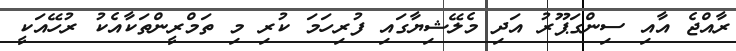
ރާއްޖެ އާއި ސިންގަޕޫރު އަދި މެލޭޝިޔާގައި ފުރިހަމަ ކުރި މި ތަމްރީންތަކާއެކު ރުހޭއަކީ